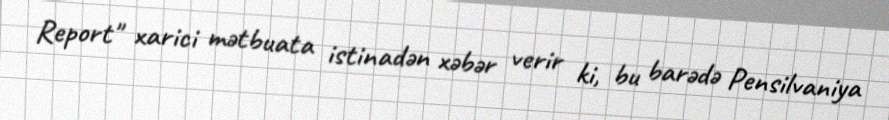
Report" xarici mətbuata istinadən xəbər verir ki, bu barədə Pensilvaniya